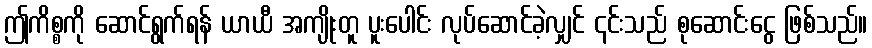
ဤကိစ္စကို ဆောင်ရွက်ရန် ယာယီ အကျိုးတူ ပူးပေါင်း လုပ်ဆောင်ခဲ့လျှင် ၎င်းသည် စုဆောင်းငွေ ဖြစ်သည်။